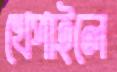
খেপাইলে